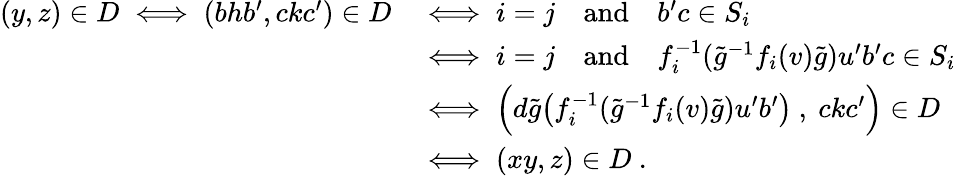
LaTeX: \begin{array}{rl}{(y,z)\in D\iff(bhb^{\prime},ckc^{\prime})\in D}&{\iff i=j\quad\textup{and}\quad b^{\prime}c\in S_{i}}\\ &{\iff i=j\quad\textup{and}\quad f_{i}^{-1}(\widetilde{g}^{-1}f_{i}(v)\widetilde{g})u^{\prime}b^{\prime}c\in S_{i}}\\ &{\iff\Big(d\widetilde{g}\big(f_{i}^{-1}(\widetilde{g}^{-1}f_{i}(v)\widetilde{g})u^{\prime}b^{\prime}\big)\ ,\ ckc^{\prime}\Big)\in D}\\ &{\iff(xy,z)\in D\ .}\end{array}